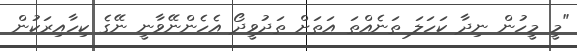
"މީ މީހުން ނިދާ ކަހަލަ ތަނެއްތަ އަތަށް ތަދުވީދޯ އެހެންނޭވާނީ ނޭގެ ކިހާއިރަކުން